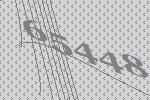
65448